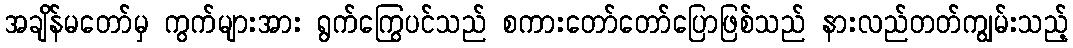
အချိန်မတော်မှ ကွက်များအား ရွက်ကြွေပင်သည် စကားတော်တော်ပြောဖြစ်သည် နားလည်တတ်ကျွမ်းသည့်